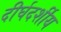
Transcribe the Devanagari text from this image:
दीर्घदर्शीय